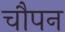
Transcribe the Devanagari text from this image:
चौपन